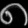
Digit: ၈